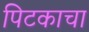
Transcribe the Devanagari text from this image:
पिटकाचा